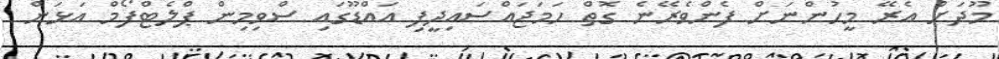
މޫދަށް އެރޭ މީހުންނަށް ފެންވެރޭނެ ގޮތް ހަމަޖައްސައިދީފި އައްޑޫގައި ސްވިމިން ޕްލެޓްފޯމް އަޅަން